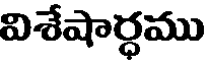
విశేషార్ధము